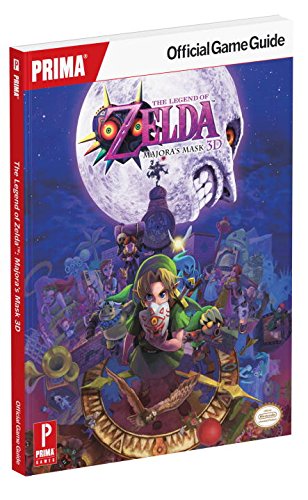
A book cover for The Legend of Zelda: Majora's Mask Standard Edition (Prima Official Game Guides); Prima Games; Science Fiction & Fantasy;